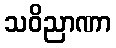
သဝိညာဏာ